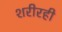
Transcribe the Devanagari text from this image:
शरीरही